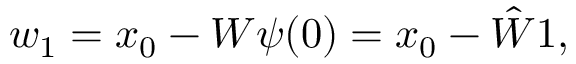
\begin{array} { r } { w _ { 1 } = x _ { 0 } - W \psi ( 0 ) = x _ { 0 } - \hat { W } \boldsymbol { 1 } , } \end{array}